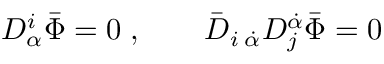
D _ { \alpha } ^ { i } \bar { \Phi } = 0 \; , \qquad \bar { D } _ { i \; \dot { \alpha } } D _ { j } ^ { \dot { \alpha } } \bar { \Phi } = 0